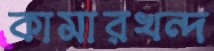
কামারখন্দ